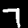
Label: 7